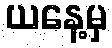
ယနေ့မှ